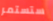
ستستمر